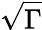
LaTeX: \sqrt{\Gamma}